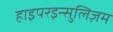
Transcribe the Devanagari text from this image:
हाइपरइन्सुलिज़म